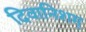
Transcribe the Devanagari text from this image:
दिवानिशम्